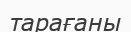
тарағаны